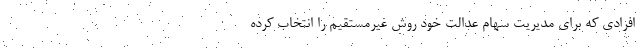
افرادی که برای مدیریت سهام عدالت خود روش غیرمستقیم را انتخاب کرده